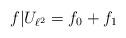
LaTeX: \begin{align*}f| U_{\ell^{2}}=f_0 + f_1\end{align*}